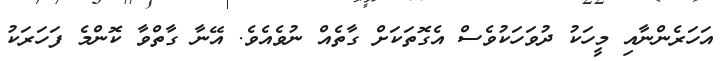
އަހަރެންނާއި މީހަކު ދުވަހަކުވެސް އެގޮތަކަށް ގާތެއް ނުވެއެވެ. އޭނާ ގާތްވާ ކޮންމެ ފަހަރަކު